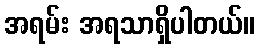
အရမ်း အရသာရှိပါတယ်။